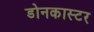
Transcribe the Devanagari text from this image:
डोनकास्टर